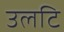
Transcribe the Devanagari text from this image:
उलटि